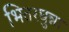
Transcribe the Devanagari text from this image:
भितरघुन्ना